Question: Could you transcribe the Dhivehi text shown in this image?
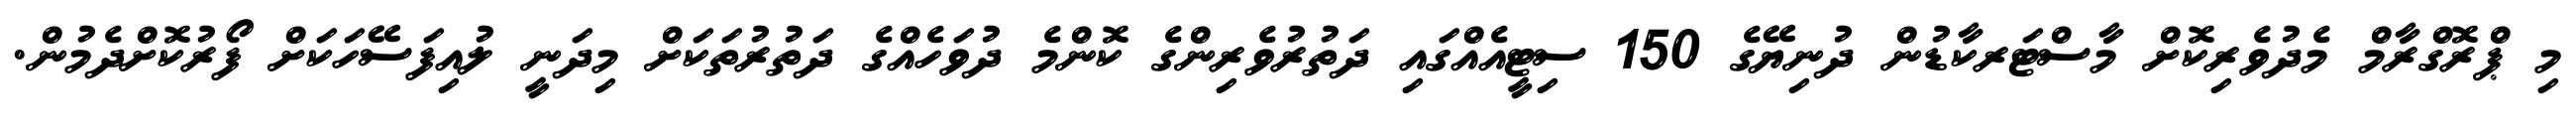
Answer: މި ޕްރޮގްރާމް މެދުވެރިކޮށް މާސްޓަރކާޑުން ދުނިޔޭގެ 150 ސިޓީއެއްގައި ދަތުރުވެރިންގެ ކޮންމެ ދުވަހެއްގެ ދަތުރުތަކަށް މިދަނީ ލުއިފަސޭހަކަށް ފޯރުކޮށްދެމުން.